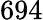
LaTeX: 694